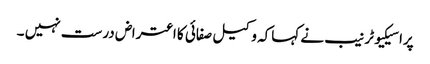
پراسیکیوٹر نیب نے کہاکہ وکیل صفائی کا اعتراض درست نہیں ۔